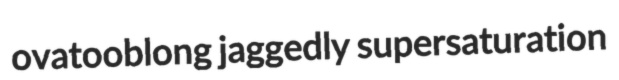
ovatooblong jaggedly supersaturation